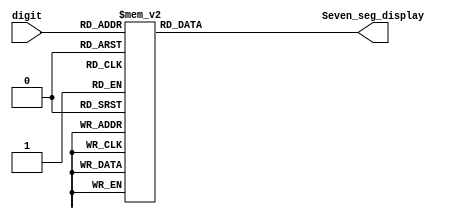
`timescale 1ns / 1ps




module seven_segment(
	input [3:0] digit,
	output  [7:0] Seven_seg_display
);

reg [7:0] Seven_Seg;


always @ (*) begin
case(digit)    
	4'h0: Seven_Seg = 8'b11000000;
    4'h1: Seven_Seg = 8'b11111001;
    4'h2: Seven_Seg = 8'b10100100;
    4'h3: Seven_Seg = 8'b10110000;
    4'h4: Seven_Seg = 8'b10011001;
    4'h5: Seven_Seg = 8'b10010010;
    4'h6: Seven_Seg = 8'b10000010;
    4'h7: Seven_Seg = 8'b11111000;
    4'h8: Seven_Seg = 8'b10000000;
    4'h9: Seven_Seg = 8'b10010000;
    default: Seven_Seg = 8'b11111111;
endcase
end



assign Seven_seg_display = Seven_Seg;

endmodule